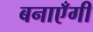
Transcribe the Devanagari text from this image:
बनाएँगी